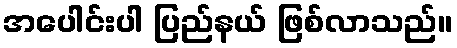
အပေါင်းပါ ပြည်နယ် ဖြစ်လာသည်။